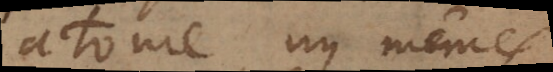
atome ny mêmes